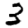
Digit: 3